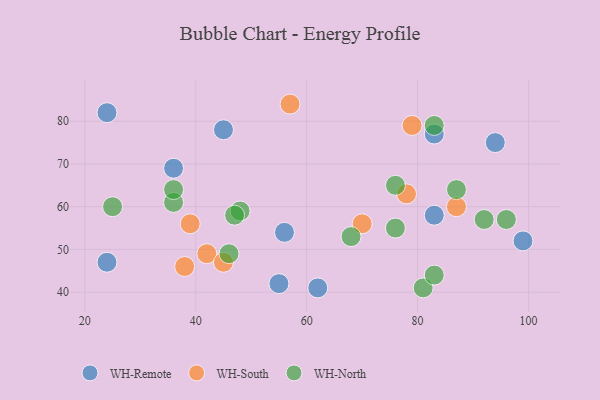
{"axis": {"x": "GDP", "y": "Life Expectancy"}, "legend": ["WH-North", "WH-Remote", "WH-South"], "data": [{"x": "45", "y": 78, "type": "WH-Remote"}, {"x": "83", "y": 77, "type": "WH-Remote"}, {"x": "55", "y": 42, "type": "WH-Remote"}, {"x": "99", "y": 52, "type": "WH-Remote"}, {"x": "94", "y": 75, "type": "WH-Remote"}, {"x": "24", "y": 47, "type": "WH-Remote"}, {"x": "83", "y": 58, "type": "WH-Remote"}, {"x": "62", "y": 41, "type": "WH-Remote"}, {"x": "56", "y": 54, "type": "WH-Remote"}, {"x": "36", "y": 69, "type": "WH-Remote"}, {"x": "24", "y": 82, "type": "WH-Remote"}, {"x": "39", "y": 56, "type": "WH-South"}, {"x": "70", "y": 56, "type": "WH-South"}, {"x": "42", "y": 49, "type": "WH-South"}, {"x": "57", "y": 84, "type": "WH-South"}, {"x": "38", "y": 46, "type": "WH-South"}, {"x": "79", "y": 79, "type": "WH-South"}, {"x": "78", "y": 63, "type": "WH-South"}, {"x": "87", "y": 60, "type": "WH-South"}, {"x": "45", "y": 47, "type": "WH-South"}, {"x": "81", "y": 41, "type": "WH-North"}, {"x": "83", "y": 44, "type": "WH-North"}, {"x": "48", "y": 59, "type": "WH-North"}, {"x": "92", "y": 57, "type": "WH-North"}, {"x": "25", "y": 60, "type": "WH-North"}, {"x": "47", "y": 58, "type": "WH-North"}, {"x": "83", "y": 79, "type": "WH-North"}, {"x": "96", "y": 57, "type": "WH-North"}, {"x": "76", "y": 65, "type": "WH-North"}, {"x": "76", "y": 55, "type": "WH-North"}, {"x": "68", "y": 53, "type": "WH-North"}, {"x": "87", "y": 64, "type": "WH-North"}, {"x": "36", "y": 61, "type": "WH-North"}, {"x": "46", "y": 49, "type": "WH-North"}, {"x": "36", "y": 64, "type": "WH-North"}]}